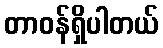
တာဝန်ရှိပါတယ်